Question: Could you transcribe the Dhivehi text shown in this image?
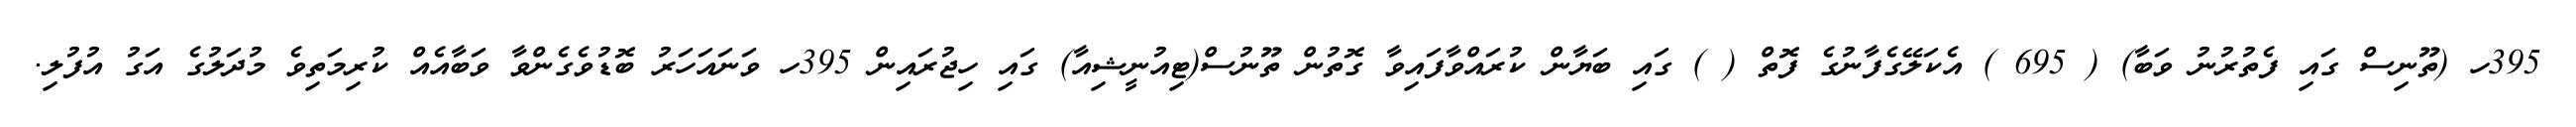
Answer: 395ހ (ތޫނިސް ގައި ފެތުރުނު ވަބާ) ( 695 ) އެކަލޭގެފާނުގެ ފޮތް ( ) ގައި ބަޔާން ކުރައްވާފައިވާ ގޮތުން ތޫނުސް(ޓިއުނީޝިއާ) ގައި ހިޖުރައިން 395ހ ވަނައަހަރު ބޮޑުވެގެންވާ ވަބާއެއް ކުރިމަތިވެ މުދަލުގެ އަގު އުފުލި.